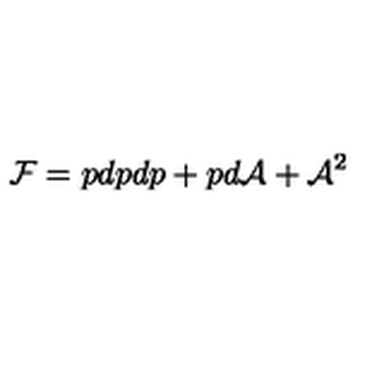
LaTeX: { \cal F } = p d p d p + p d { \cal A } + { \cal A } ^ { 2 }